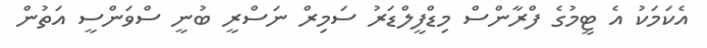
އެކަމަކު އެ ޓީމުގެ ފްރާންސް މިޑްފީލްޑަރު ސަމިރް ނަސްރީ ބުނީ ސްވަންސީ އަތުން